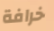
خرافة